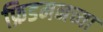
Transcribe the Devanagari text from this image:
फ्रिडमनच्या